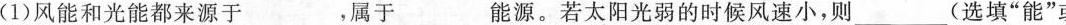
(1)风能和光能都来源于___，属于___ 能源。若太阳光弱的时候风速小，则___(选填”能”